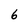
Character: 6